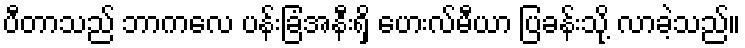
ပီတာသည် ဘာကလေ ပန်းခြံအနီးရှိ ဟေးလ်မီယာ ပြခန်းသို့ လာခဲ့သည်။